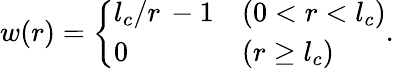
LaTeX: w(r)=\left\{ \begin{array}{ll}{l_{c}/r\, -1}&{(0<r<l_{c})}\\ {0}&{(r\geq l_{c})}\end{array}\right..